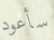
سأعود